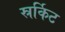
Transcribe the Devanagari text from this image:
स्रर्किट